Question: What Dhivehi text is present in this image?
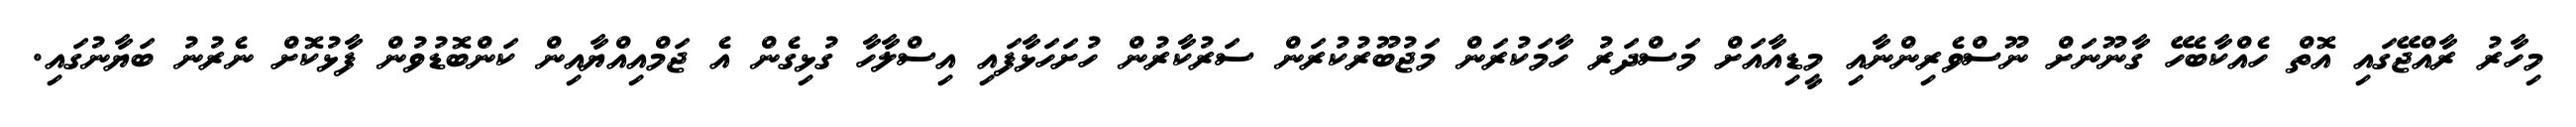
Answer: މިހާރު ރާއްޖޭގައި އޮތް ހެއްކާބެހޭ ގާނޫނަށް ނޫސްވެރިންނާއި މީޑިއާއަށް މަސްދަރު ހާމަކުރަން މަޖުބޫރުކުރަން ސަރުކާރުން ހުށަހަޅާފައި އިސްލާހާ ގުޅިގެން އެ ޖަމްއިއްޔާއިން ކަންބޮޑުވުން ފާޅުކޮށް ނެރުނު ބަޔާނުގައި.